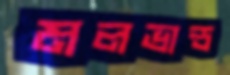
মলভান্ড